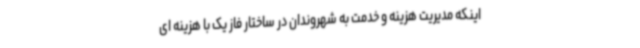
اینکه مدیریت هزینه و خدمت به شهروندان در ساختار فاز یک با هزینه ای